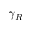
\gamma _ { R }